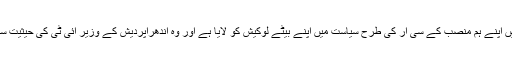
چندرابابو نائیڈو نے تلنگاانہ میں اپنے ہم منصب کے سی آر کی طرح سیاست میں اپنے بیٹے لوکیش کو لایا ہے اور وہ آندھراپردیش کے وزیر آئی ٹی کی حیثیت سے خدمات انجام دے رہے ہیں۔